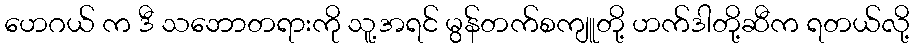
ဟေဂယ် က ဒီ သဘောတရားကို သူ့အရင် မွန်တက်စကျူတို့ ဟက်ဒါတို့ဆီက ရတယ်လို့